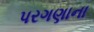
પરગણાના